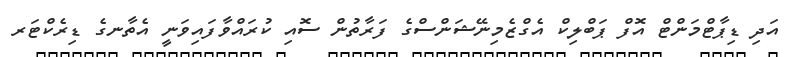
އަދި ޑިޕާޓްމަންޓް އޮފް ޕަބްލިކް އެގްޒެމިނޭޝަންސްގެ ފަރާތުން ސޮއި ކުރައްވާފައިވަނީ އެތާނގެ ޑިރެކްޓަރ